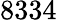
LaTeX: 8334